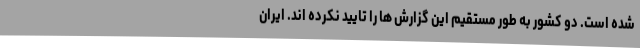
شده است. دو کشور به طور مستقیم این گزارش ها را تایید نکرده اند. ایران